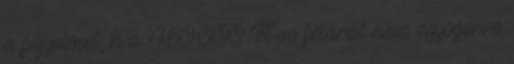
a figyelmet, h a 450.000 Ft-os felárat nem egyszerre